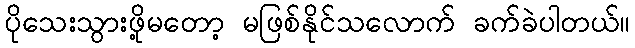
ပိုသေးသွားဖို့မတော့ မဖြစ်နိုင်သလောက် ခက်ခဲပါတယ်။